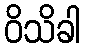
ဝိသိခါ